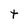
Character: t